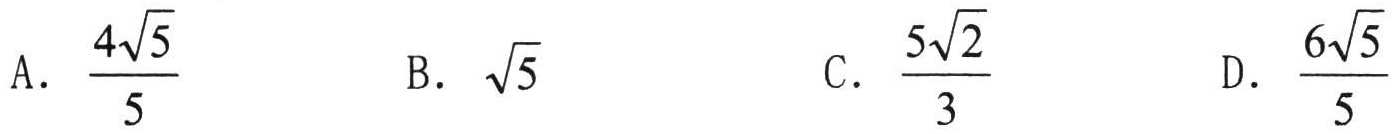
A. \(\frac{4\sqrt{5}}{5}\)  B. \(\sqrt{5}\)  C. \(\frac{5\sqrt{2}}{3}\)  D. \(\frac{6\sqrt{5}}{5}\)